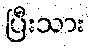
ပြီးသား